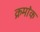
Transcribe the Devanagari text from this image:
क्रमा॓क